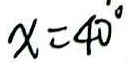
x = 4 0 ^ { \circ }